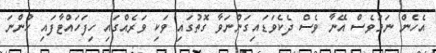
އެހެން ނަމަވެސް އޭނާ ވެސް ދެކެވަޑައިގަންނަވާ ގޮތުގައި ވަކި ވަރެއްގައި ހިފަހައްޓާފައި ހުންނަ